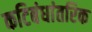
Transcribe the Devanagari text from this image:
कटिबंधांतरिक